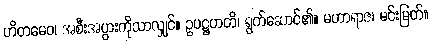
ဟိတမေဝ၊ အစီးအပွားကိုသာလျှင်။ ဥပဋ္ဌဟတိ၊ ရွက်ဆောင်၏။ မဟာရာဇ၊ မင်းမြတ်။